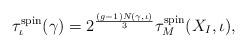
LaTeX: \begin{align*}\tau_{\iota}^{\rm spin}(\gamma) = 2^{\frac{(g-1)N(\gamma,\iota)}{3}} \tau_{M}^{\rm spin}(X_{I},\iota),\end{align*}